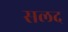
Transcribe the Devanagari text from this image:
सलद